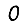
Digit: 0